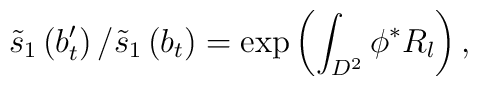
\tilde{s}_1\left(b'_t\right)\big/\tilde{s}_1\left(b_t\right)=\exp\left(\int_{D^2}\phi^*R_l\right),